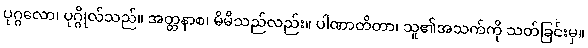
ပုဂ္ဂလော၊ ပုဂ္ဂိုလ်သည်။ အတ္တနာစ၊ မိမိသည်လည်း။ ပါဏာတိတာ၊ သူ၏အသက်ကို သတ်ခြင်းမှ။